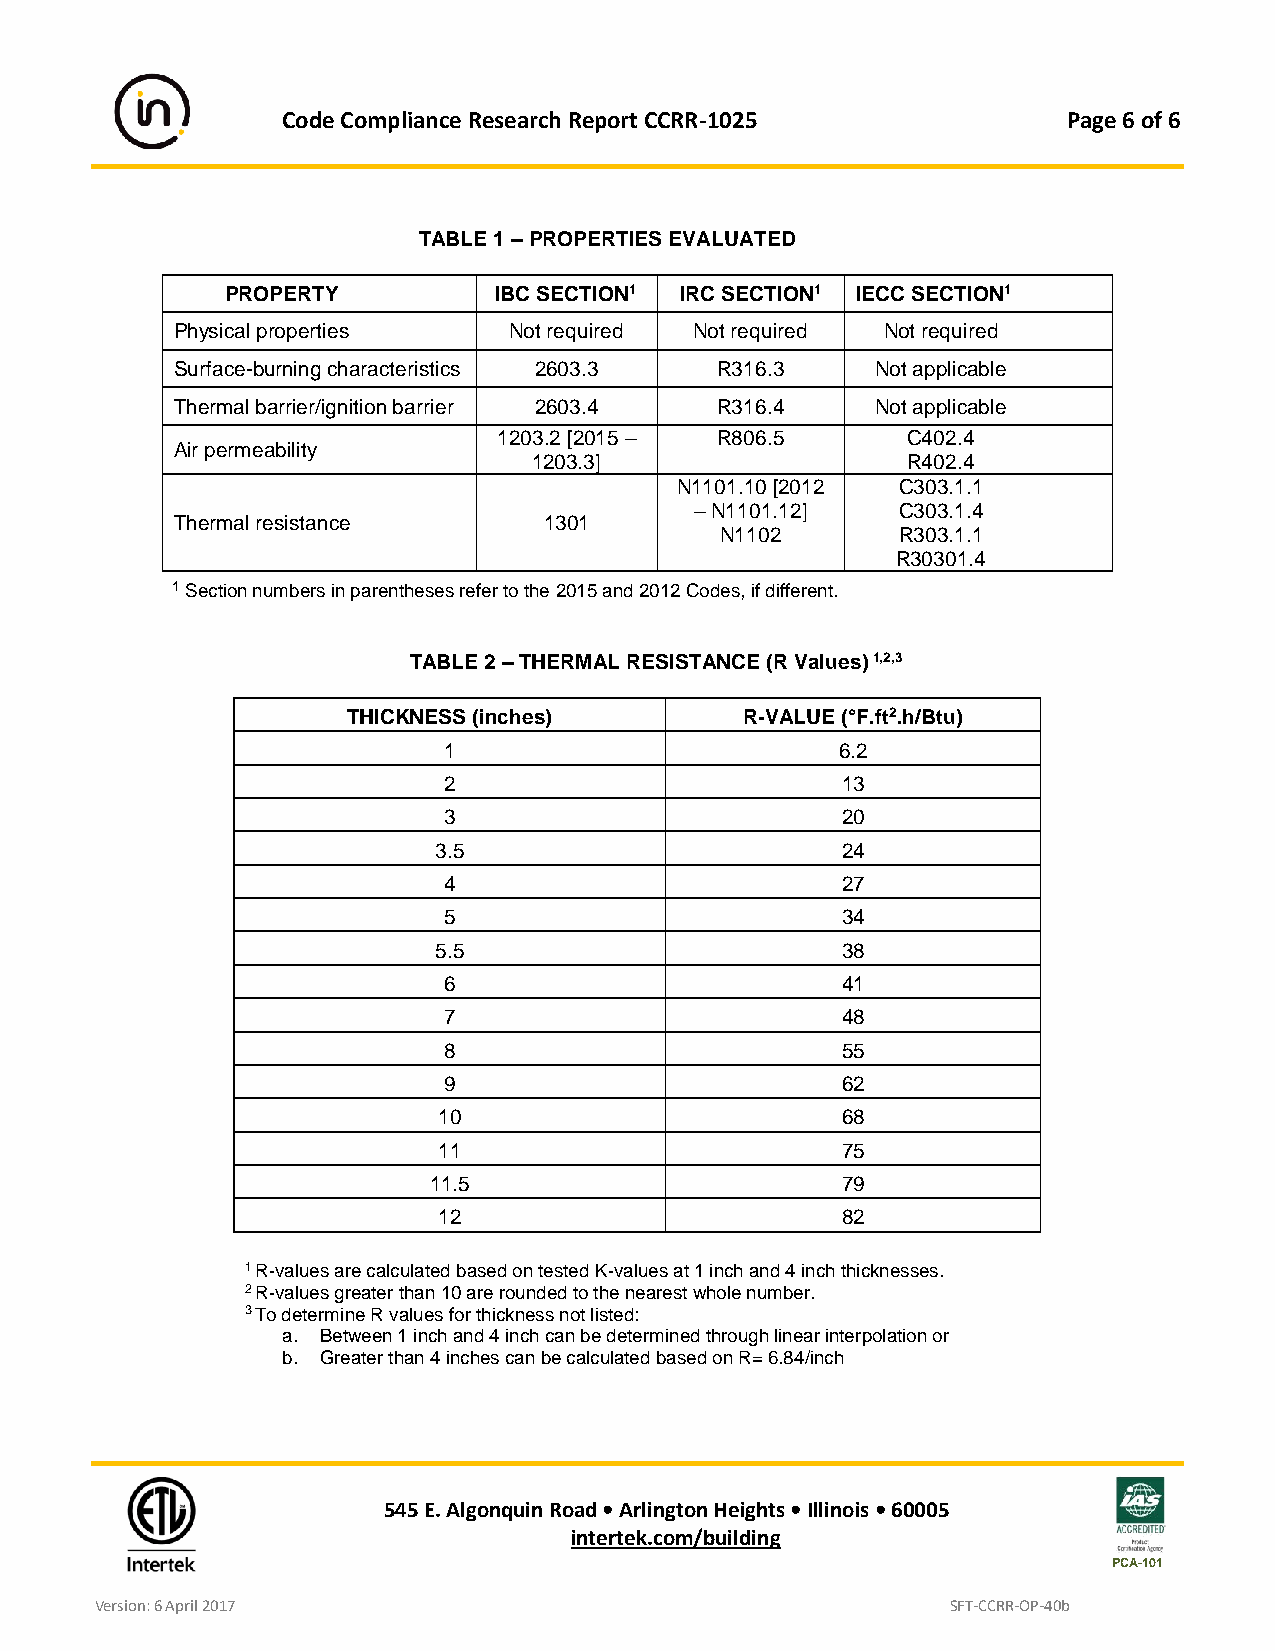
Code Compliance Research Report CCRR-1025           Page 6 of 6
 TABLE 1 – PROPERTIES EVALUATED
 PROPERTY          IBC SECTION1 IRC SECTION1 IECC SECTION1
 Physical properties   Not required Not required Not required
 Surface-burning characteristics 2603.3 R316.3 Not applicable
 Thermal barrier/ignition barrier 2603.4 R316.4 Not applicable
 1203.2 [2015 – R806.5      C402.4
 Air permeability
 1203.3]                  R402.4
 N1101.10 [2012 C303.1.1
 – N1101.12]   C303.1.4
 Thermal resistance      1301
 N1102       R303.1.1
 R30301.4
 1 Section numbers in parentheses refer to the 2015 and 2012 Codes, if different.
 TABLE 2 – THERMAL RESISTANCE (R Values) 1,2,3
 THICKNESS (inches)        R-VALUE (°F.ft2.h/Btu)
 1                          6.2
 2                          13
 3                          20
 3.5                        24
 4                          27
 5                          34
 5.5                        38
 6                          41
 7                          48
 8                          55
 9                          62
 10                         68
 11                         75
 11.5                        79
 12                         82
 1 R-values are calculated based on tested K-values at 1 inch and 4 inch thicknesses.
 2 R-values greater than 10 are rounded to the nearest whole number.
 3 To determine R values for thickness not listed:
 a. Between 1 inch and 4 inch can be determined through linear interpolation or
 b. Greater than 4 inches can be calculated based on R= 6.84/inch
 545 E. Algonquin Road • Arlington Heights • Illinois • 60005
 intertek.com/building
 PCA-101
 Version: 6 April 2017                                    SFT-CCRR-OP-40b